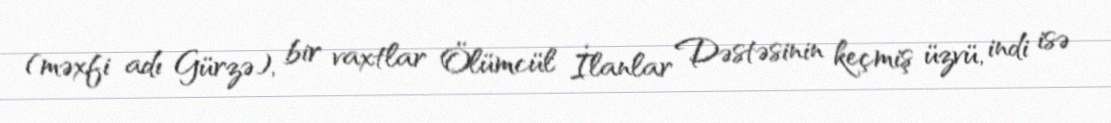
(məxfi adı Gürzə), bir vaxtlar Ölümcül İlanlar Dəstəsinin keçmiş üzvü, indi isə